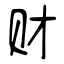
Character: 财